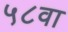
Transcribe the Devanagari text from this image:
५८वा